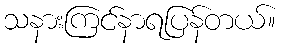
သနားကြင်နာရပြန်တယ်။